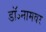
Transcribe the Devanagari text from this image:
डॉ॰नामवर